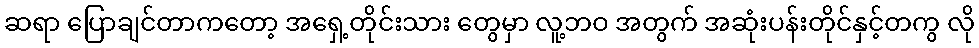
ဆရာ ပြောချင်တာကတော့ အရှေ့တိုင်းသား တွေမှာ လူ့ဘဝ အတွက် အဆုံးပန်းတိုင်နှင့်တကွ လို